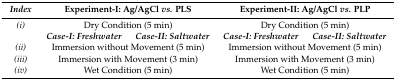
<table><thead><tr><td><b><i>Index</i></b></td><td colspan="2"><b>Experiment-I: Ag/AgCl <i>vs.</i> PLS</b></td><td colspan="2"><b>Experiment-II: Ag/AgCl <i>vs.</i> PLP</b></td></tr></thead><tbody><tr><td><i>(i)</i></td><td colspan="2">Dry Condition (5 min)</td><td colspan="2">Dry Condition (5 min)</td></tr><tr><td></td><td><b><i>Case-I: Freshwater</i></b></td><td><b><i>Case-II: Saltwater</i></b></td><td><b><i>Case-I: Freshwater</i></b></td><td><b><i>Case-II: Saltwater</i></b></td></tr><tr><td><i>(ii)</i></td><td colspan="2">Immersion without Movement (5 min)</td><td colspan="2">Immersion without Movement (5 min)</td></tr><tr><td><i>(iii)</i></td><td colspan="2">Immersion with Movement (3 min)</td><td colspan="2">Immersion with Movement (3 min)</td></tr><tr><td><i>(iv)</i></td><td colspan="2">Wet Condition (5 min)</td><td colspan="2">Wet Condition (5 min)</td></tr></tbody></table>